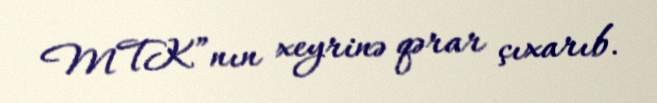
MTK”nın xeyrinə qərar çıxarıb.